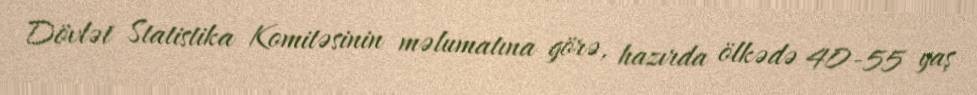
Dövlət Statistika Komitəsinin məlumatına görə, hazırda ölkədə 40-55 yaş